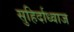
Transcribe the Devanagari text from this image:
सुहिर्दाध्वाज